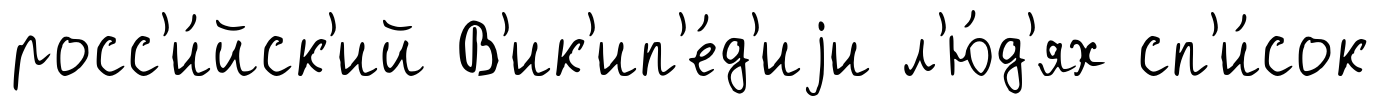
росс'и́йск'ий В'ик'ип'е́д'иjи л'ю́д'ях сп'и́сок